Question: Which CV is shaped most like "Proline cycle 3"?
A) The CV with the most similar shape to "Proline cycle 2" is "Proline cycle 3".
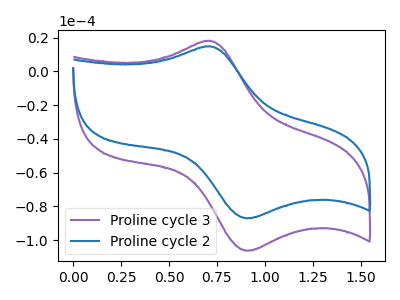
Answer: <think>The purple curve "Proline cycle 3" has an anodic peak at (0.70V, 18.30uA) and a cathodic peak at (0.90V, -106.35uA). The blue curve "Proline cycle 2" has an anodic peak at (0.70V, 14.95uA) and a cathodic peak at (0.90V, -87.10uA).
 All the peaks in "Proline cycle 3" have a peak in "Proline cycle 2" at the same potential. Every peak in "Proline cycle 3" is higher than every peak in "Proline cycle 2".</think>
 <answer>A) The CV with the most similar shape to "Proline cycle 2" is "Proline cycle 3".</answer>
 <eval>A</eval>